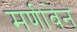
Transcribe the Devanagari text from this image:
मणीबेन